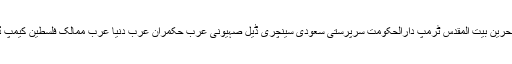
اسرائیل امریکہ اوسلو‘ ایران بائیکاٹ بحرین بیت المقدس ٹرمپ دارالحکومت سرپرستی سعودی سینچری ڈیل صہیونی عرب حکمران عرب دنیا عرب ممالک فلسطین کیمپ ڈیوڈ مداخلت مزاحمت منامہ منصوبے